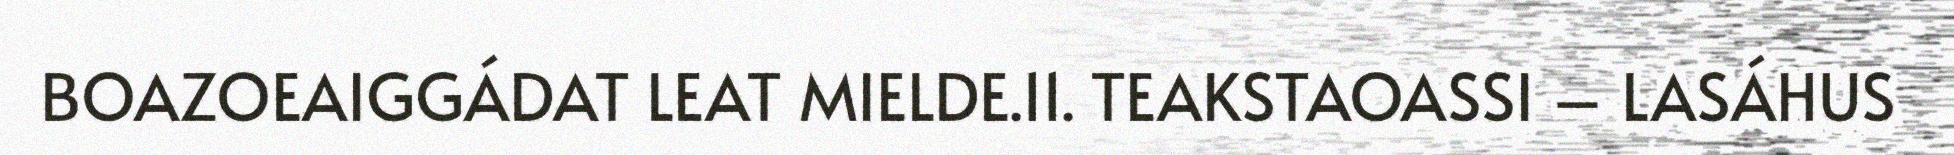
BOAZOEAIGGÁDAT LEAT MIELDE.11. TEAKSTAOASSI – LASÁHUS